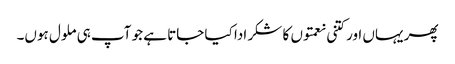
پھر یہاں اور کتنی نعمتوں کا شکر ادا کیا جاتا ہے جو آپ ہی ملول ہوں۔